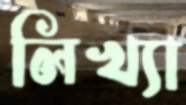
লিখ্যা